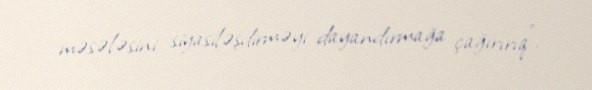
məsələsini siyasiləşdirməyi dayandırmağa çağırırıq”.